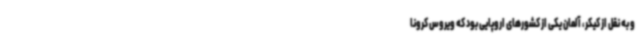
و به نقل از کیکر، آلمان یکی از کشورهای اروپایی بود که ویروس کرونا